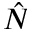
\hat { N }